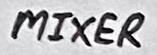
Text: MIXER